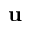
{ \bf u }